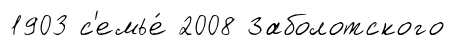
1903 с'емье́ 2008 Заболотского